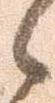
候